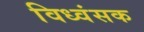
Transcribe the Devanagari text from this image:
विध्‍वंसक